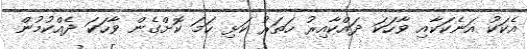
އެކަކު އަނެކަކާއި ވާހަކަ ދައްކާއިރު ހަތަރު ކަޅި ހަމަ ކޮށްގެން ވާހަކަ ދެއްކުމުން